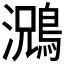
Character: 𮭃